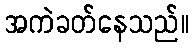
အကဲခတ်နေသည်။